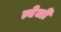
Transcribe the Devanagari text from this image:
त्येजो